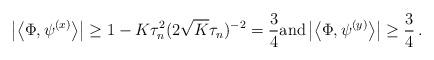
LaTeX: \begin{align*}\left| \left< \Phi, \psi^{(x)} \right> \right| \geq 1 - K \tau_n^2 (2 \sqrt K \tau_n)^{-2} = \frac 34 \textnormal{and} \left| \left< \Phi, \psi^{(y)} \right> \right| \geq \frac 34 \, .\end{align*}